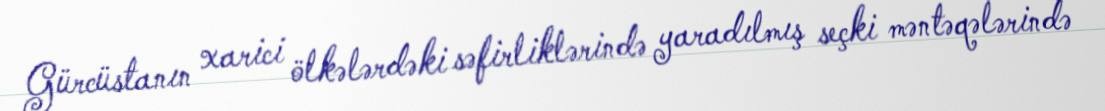
Gürcüstanın xarici ölkələrdəki səfirliklərində yaradılmış seçki məntəqələrində